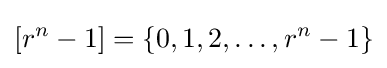
[r^{n}-1]=\{0,1,2,\dots ,r^{n}-1\}